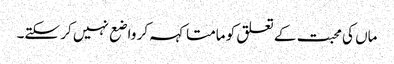
ماں کی محبت کے تعلق کو مامتا کہہ کر واضع نہیں کر سکتے۔